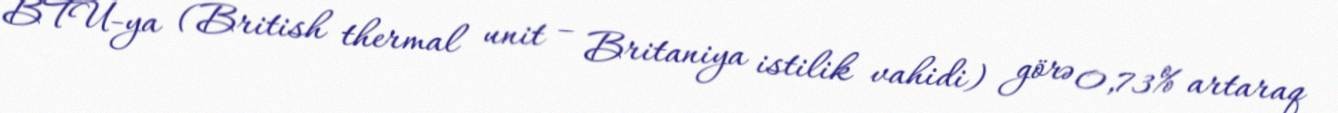
BTU-ya (British thermal unit – Britaniya istilik vahidi) görə 0,73% artaraq